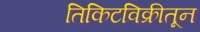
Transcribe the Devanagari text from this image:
तिकिटविक्रीतून